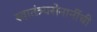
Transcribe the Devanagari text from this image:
स्वातंत्र्यसेनानींची